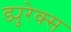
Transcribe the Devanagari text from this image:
ड्युरेक्स